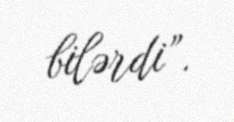
bilərdi”.